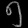
Digit: ၅